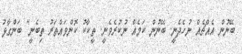
ބޭނުން އެއްޗެއް ނުހެދެނީ. ބޭނުން ކަމެއް ނުކުރެވެނީ. ތީކާކު ކޮންވައްތަރު ތިބެނީ" ބަންގާޅު